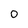
Character: 0